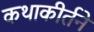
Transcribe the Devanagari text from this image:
कथाकीर्तने